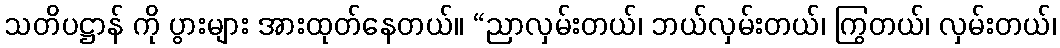
သတိပဋ္ဌာန် ကို ပွားများ အားထုတ်နေတယ်။ “ညာလှမ်းတယ်၊ ဘယ်လှမ်းတယ်၊ ကြွတယ်၊ လှမ်းတယ်၊